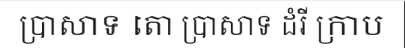
ប្រាសាទ តោ ប្រាសាទ ដំរី ក្រាប